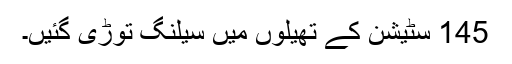
145 سٹیشن کے تھیلوں میں سیلنگ توڑی گئیں۔